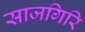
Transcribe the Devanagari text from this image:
साजगिरि